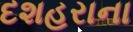
દશહરાના